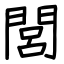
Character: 閭